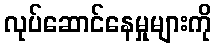
လုပ်ဆောင်နေမှုများကို